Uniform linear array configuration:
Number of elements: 64
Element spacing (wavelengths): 0.5
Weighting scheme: exponential
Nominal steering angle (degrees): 45
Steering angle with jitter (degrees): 43.126
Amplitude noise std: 0.05
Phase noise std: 0.05

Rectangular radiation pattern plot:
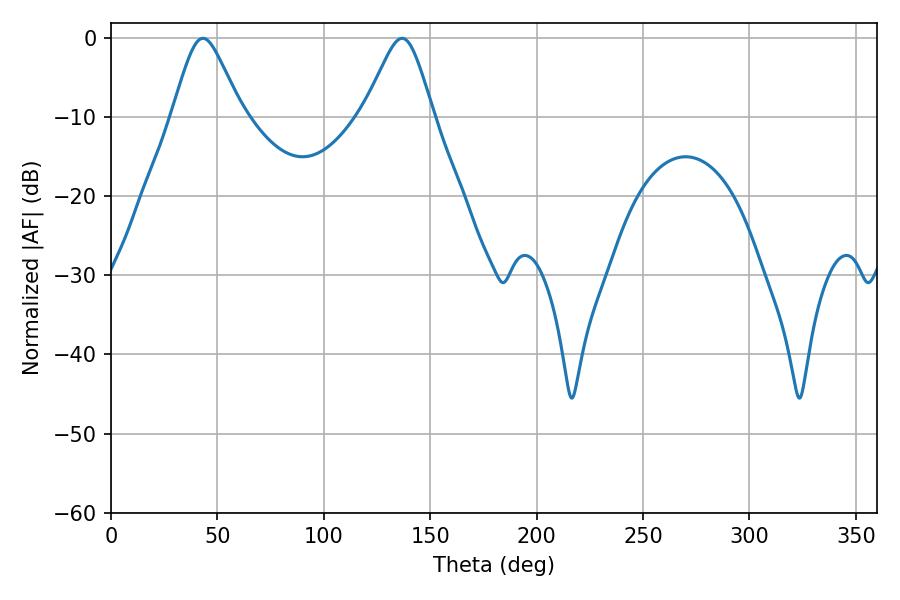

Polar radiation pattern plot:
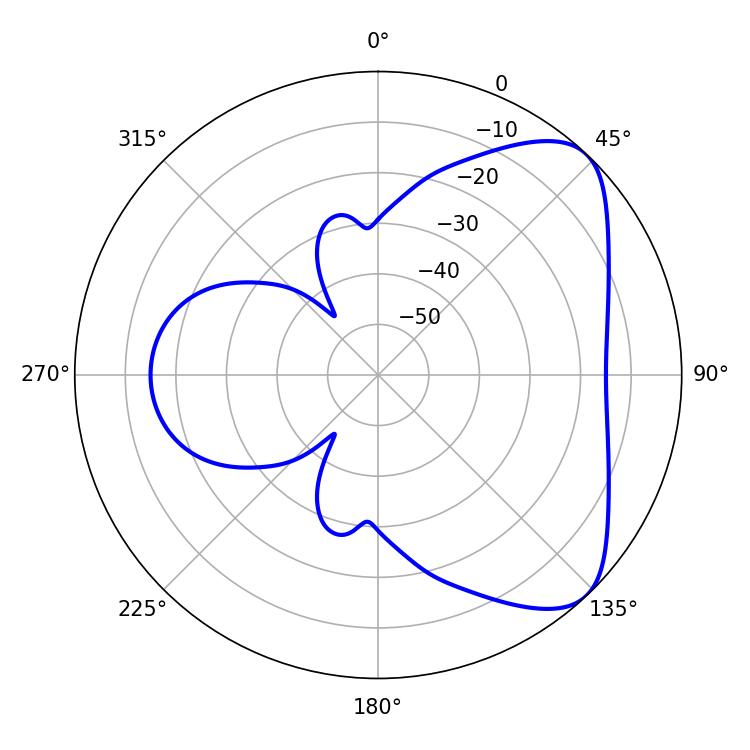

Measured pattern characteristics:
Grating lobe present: FALSE
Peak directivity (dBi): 6.281
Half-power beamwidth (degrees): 15.84
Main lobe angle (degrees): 43.2